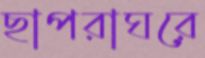
ছাপরাঘরে